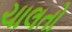
ચાલતો